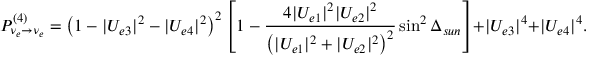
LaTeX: P _ { { \nu } _ { e } \to { \nu } _ { e } } ^ { ( 4 ) } = \left( 1 - | U _ { e 3 } | ^ { 2 } - | U _ { e 4 } | ^ { 2 } \right) ^ { 2 } \left[ 1 - \frac { 4 | U _ { e 1 } | ^ { 2 } | U _ { e 2 } | ^ { 2 } } { \left( | U _ { e 1 } | ^ { 2 } + | U _ { e 2 } | ^ { 2 } \right) ^ { 2 } } \sin ^ { 2 } { \Delta _ { s u n } } \right] + | U _ { e 3 } | ^ { 4 } + | U _ { e 4 } | ^ { 4 } .